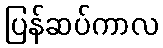
ပြန်ဆပ်ကာလ